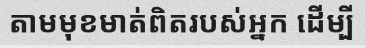
តាមមុខមាត់ពិតរបស់អ្នក ដើម្បី